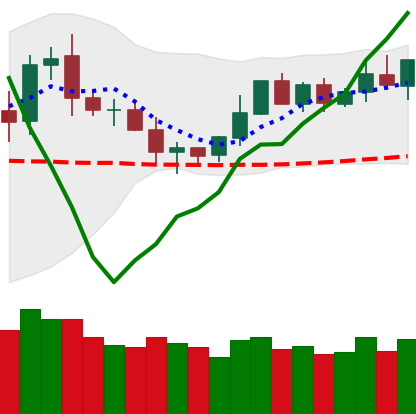
Ticker: DOGE-USD
Chart end date: 2020-02-04
Forward return: 29.125%
Label: up_7plus